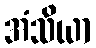
အံသိယာ